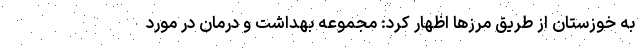
به خوزستان از طریق مرزها اظهار کرد: مجموعه بهداشت و درمان در مورد